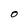
Character: O